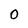
Character: 0